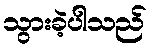
သွားခဲ့ပါသည်